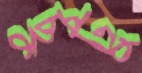
ছুটু